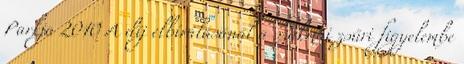
Parkja 2010 A díj elbírálásánál a szakmai zsűri figyelembe